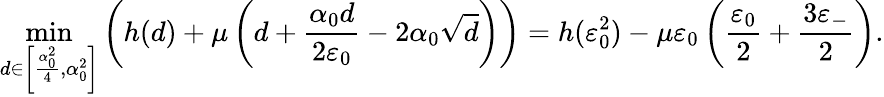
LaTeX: \operatorname*{min}_{d\in\left[\frac{\alpha_{0}^{2}}{4},\alpha_{0}^{2}\right]}\left(h(d)+\mu\left(d+\frac{\alpha_{0}d}{2\varepsilon_{0}}-2\alpha_{0}\sqrt{d}\right)\right)=h(\varepsilon_{0}^{2})-\mu\varepsilon_{0}\left(\frac{\varepsilon_{0}}{2}+\frac{3\varepsilon_{-}}{2}\right).